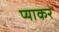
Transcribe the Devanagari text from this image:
प्याकर